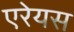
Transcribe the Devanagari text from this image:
एरेयस